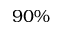
9 0 \%